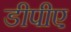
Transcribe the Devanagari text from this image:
डीपीए